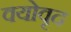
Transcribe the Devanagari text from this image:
वयोवृद